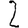
Digit: 2